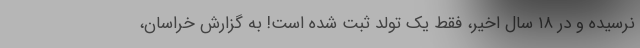
نرسیده و در ۱۸ سال اخیر، فقط یک تولد ثبت شده است! به گزارش خراسان،